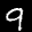
Label: 9